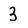
Character: 3